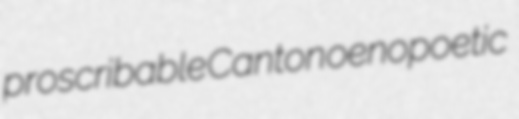
proscribable Canton oenopoetic